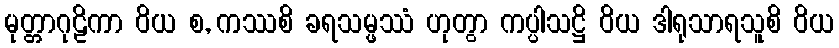
မုတ္တာဂုဠိကာ ဝိယ စ, ကဿစိ ခရသမ္ဖဿံ ဟုတွာ ကပ္ပါသဋ္ဌိ ဝိယ ဒါရုသာရသူစိ ဝိယ